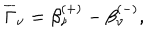
LaTeX: \overline { { { \Gamma } } } _ { \nu } = \beta _ { \nu } ^ { ( + ) } - \beta _ { \nu } ^ { ( - ) } ,